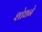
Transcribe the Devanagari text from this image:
शोधने